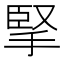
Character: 掔